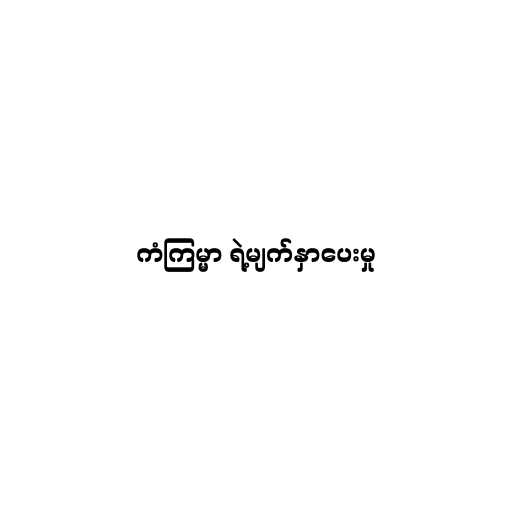
ကံကြမ္မာ ရဲ့မျက်နှာပေးမှု